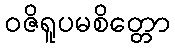
ဝဇိရူပမစိတ္တော